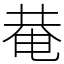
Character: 𤲅